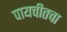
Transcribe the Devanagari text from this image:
पायचीतचा